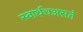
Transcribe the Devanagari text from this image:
स्वार्थचअसते